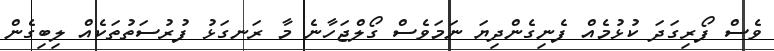
ވެސް ފޯރިގަދަ ކުޅުމެއް ފެނިގެންދިޔަ ނަމަވެސް ގޯލްޖަހާނެ މާ ރަނގަޅު ފުރުސަތުތަކެއް ލިބިގެން